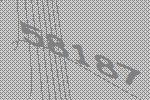
58187